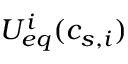
{ U _ { e q } ^ { i } } ( c _ { s , i } )